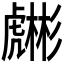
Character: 𧈇